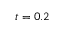
t = 0 . 2